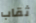
ثقاب